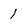
Character: 1